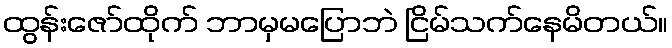
ထွန်းဇော်ထိုက် ဘာမှမပြောဘဲ ငြိမ်သက်နေမိတယ်။